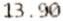
13.90